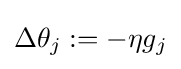
\Delta \theta _{j}:=-\eta g_{j}